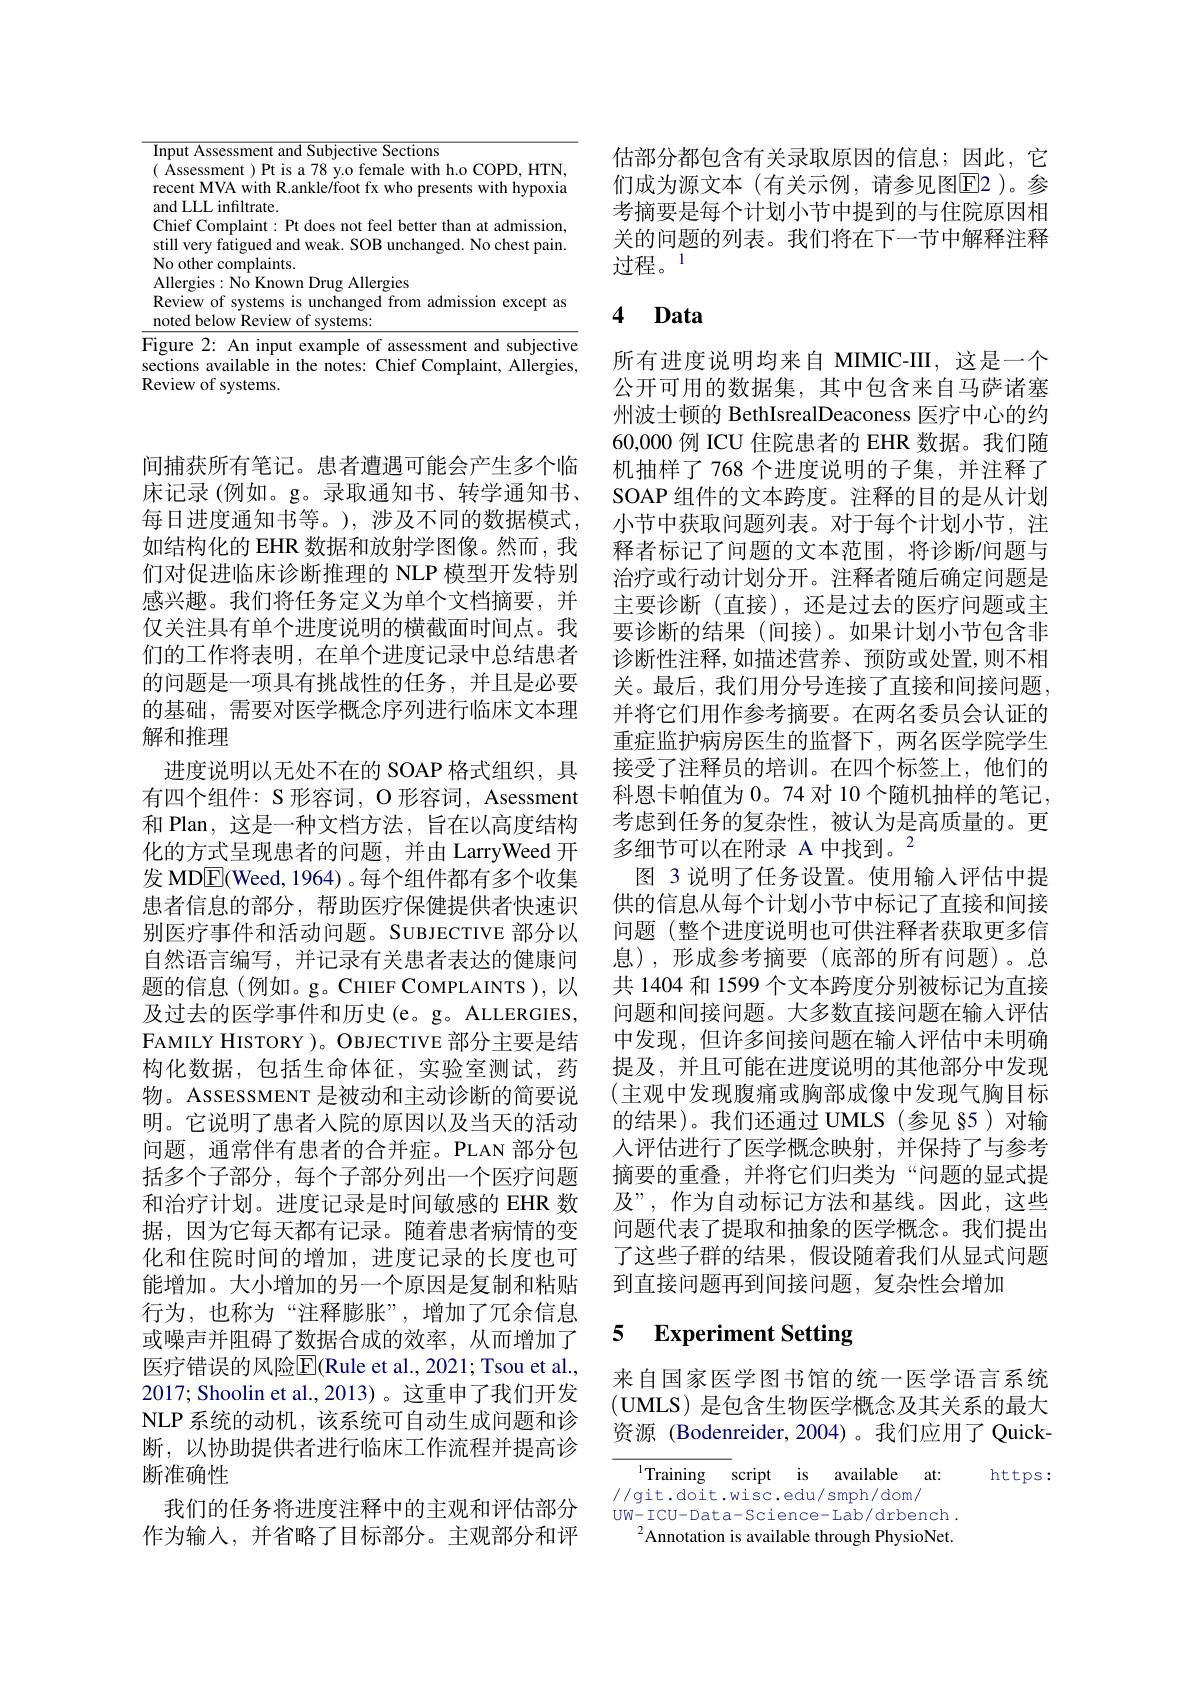
<table>
	<tbody>
		<tr>
			<td> </td>
			<td>llergies: No Known Drug Allergies eview of systems is unchanged from admission except as oted below Review of systems:</td>
		</tr>
	</tbody>
</table>

间捕获所有笔记。患者遭遇可能会产生多个临床记录(例如。g。录取通知书、转学通知书、 每日进度通知书等。),涉及不同的数据模式， 如结构化的 EHR 数据和放射学图像。然而，我们对促进临床诊断推理的 NLP 模型开发特别感兴趣。我们将任务定义为单个文档摘要，并仅关注具有单个进度说明的横截面时间点。我们的工作将表明，在单个进度记录中总结患者的问题是一项具有挑战性的任务，并且是必要的基础，需要对医学概念序列进行临床文本理解和推理
进度说明以无处不在的 SOAP 格式组织，具有四个组件：S 形容词，O 形容词，Asessment 和 Plan, 这是一种文档方法，旨在以高度结构化的方式呈现患者的问题，并由 LarryWeed 开发 MDE(Weed, 1964) 。每个组件都有多个收集患者信息的部分，帮助医疗保健提供者快速识别医疗事件和活动问题。SUBJECTIVE 部分以自然语言编写，并记录有关患者表达的健康问题的信息(例如。g。CHIEF COMPLAINTS),以及过去的医学事件和历史(e。g。ALLERGIES, FAMILY HISTORY )。OBJECTIVE 部分主要是结构化数据，包括生命体征，实验室测试，药物。ASSESSMENT 是被动和主动诊断的简要说明。它说明了患者入院的原因以及当天的活动问题，通常伴有患者的合并症。PLAN 部分包括多个子部分，每个子部分列出一个医疗问题和治疗计划。进度记录是时间敏感的 EHR 数据，因为它每天都有记录。随着患者病情的变化和住院时间的增加，进度记录的长度也可能增加。大小增加的另一个原因是复制和粘贴行为，也称为“注释膨胀”,增加了冗余信息或噪声并阻碍了数据合成的效率，从而增加了医疗错误的风险$\overline{\mathrm{E}}$(Rule et al., 2021; Tsou et al., 2017; Shoolin et al.,2013)。这重申了我们开发NLP 系统的动机，该系统可自动生成问题和诊断，以协助提供者进行临床工作流程并提高诊断准确性
我们的任务将进度注释中的主观和评估部分作为输入，并省略了目标部分。主观部分和评

估部分都包含有关录取原因的信息；因此，它们成为源文本 (有关示例，请参见图E2 )。参考摘要是每个计划小节中提到的与住院原因相关的问题的列表。我们将在下一节中解释注释过程。1

# 4 Data

所有进度说明均来自 MIMIC-III, 这是一个公开可用的数据集，其中包含来自马萨诸塞州波士顿的 BethIsrealDeaconess 医疗中心的约60,000 例 ICU 住院患者的 EHR 数据。我们随机抽样了 768 个进度说明的子集，并注释了SOAP 组件的文本跨度。注释的目的是从计划小节中获取问题列表。对于每个计划小节，注释者标记了问题的文本范围，将诊断/问题与治疗或行动计划分开。注释者随后确定问题是主要诊断(直接),还是过去的医疗问题或主要诊断的结果(间接)。如果计划小节包含非诊断性注释，如描述营养、预防或处置，则不相关。最后，我们用分号连接了直接和间接问题， 并将它们用作参考摘要。在两名委员会认证的重症监护病房医生的监督下，两名医学院学生接受了注释员的培训。在四个标签上，他们的科恩卡帕值为 0。74 对 10 个随机抽样的笔记， 考虑到任务的复杂性，被认为是高质量的。更多细节可以在附录 A 中找到。$^{2}$
图 3 说明了任务设置。使用输入评估中提供的信息从每个计划小节中标记了直接和间接问题 (整个进度说明也可供注释者获取更多信息),形成参考摘要(底部的所有问题)。总共 1404 和 1599 个文本跨度分别被标记为直接问题和间接问题。大多数直接问题在输入评估中发现，但许多间接问题在输入评估中未明确提及，并且可能在进度说明的其他部分中发现(主观中发现腹痛或胸部成像中发现气胸目标的结果)。我们还通过 UMLS(参见 §5)对输人评估进行了医学概念映射，并保持了与参考摘要的重叠，并将它们归类为“问题的显式提及”,作为自动标记方法和基线。因此，这些问题代表了提取和抽象的医学概念。我们提出了这些子群的结果，假设随着我们从显式问题到直接问题再到间接问题，复杂性会增加

## 5 $\textbf{Experiment Setting}$

来自国家医学图书馆的统一医学语言系统(UMLS) 是包含生物医学概念及其关系的最大资源 (Bodenreider, 2004)。我们应用了 Quick-

$^{1}$Training script is available at:
https:
//git.doit.wisc.edu/smph/dom/
UW- ICU- Dat a- Science- Lab/ drbench .
$^{2}$Annotation is available through PhysioNet.